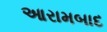
આરામબાદ